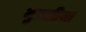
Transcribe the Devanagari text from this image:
मुतलीया